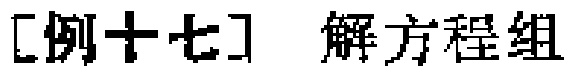
[例十七] 解方程组